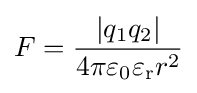
F={\frac {|q_{1}q_{2}|}{4\pi \varepsilon _{0}\varepsilon _{\text{r}}r^{2}}}